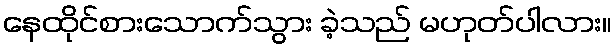
နေထိုင်စားသောက်သွား ခဲ့သည် မဟုတ်ပါလား။